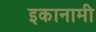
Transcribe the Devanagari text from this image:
इकानामी